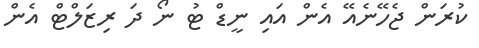
ކުރަން ޖެހޭނެއޭ އެން އައި ނީޑް ޓު ނޯ ދަ ރިޒަލްޓް އެން